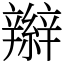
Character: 辮